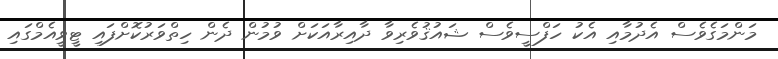
މަންމަގެވެސް އެދުމާއި އެކު ހަފްސީވެސް ޝައުޤުވެރިވާ ދާއިރާއަކަށް ވުމުން ދެން ހިތްވަރުކޮށްފައި ޓީވީއެމްގައި